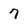
Character: 7